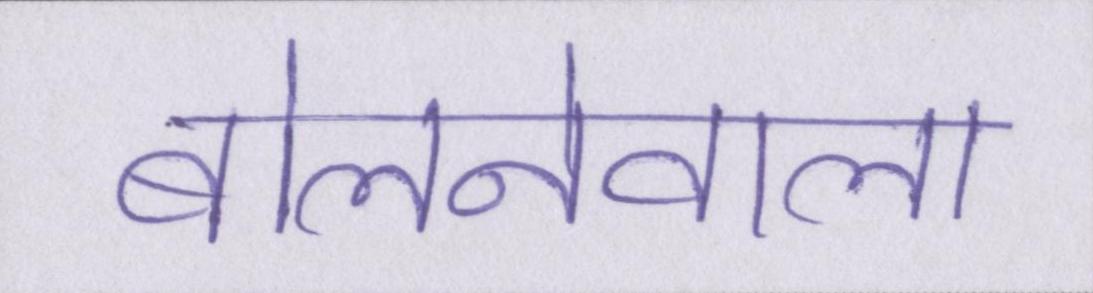
बोलनेवाला